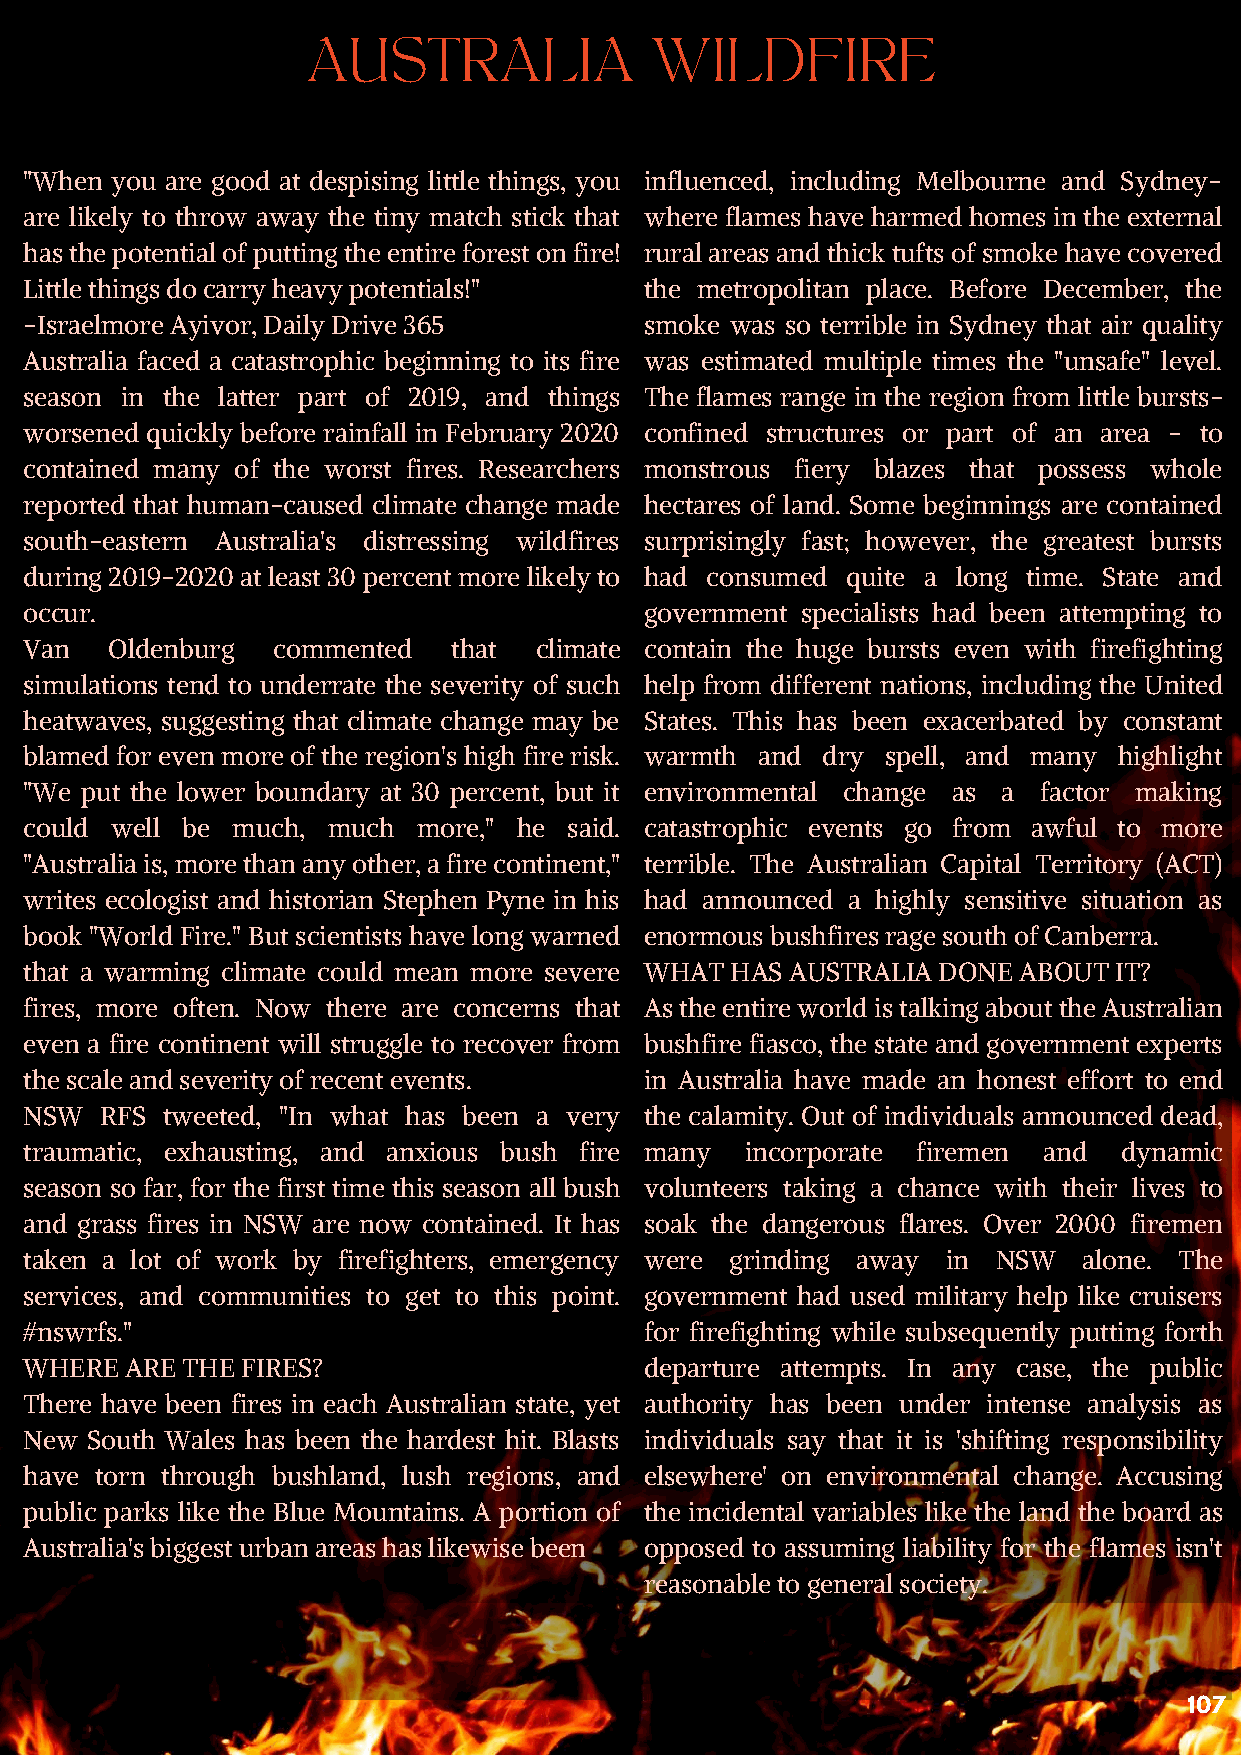
AUSTRALIA              WILDFIRE
 "When you are good at despising little things, you influenced, including Melbourne and Sydney-
 are likely to throw away the tiny match stick that where flames have harmed homes in the external
 has the potential of putting the entire forest on fire! rural areas and thick tufts of smoke have covered
 Little things do carry heavy potentials!" the metropolitan place. Before December, the
 -Israelmore Ayivor, Daily Drive 365      smoke was so terrible in Sydney that air quality
 Australia faced a catastrophic beginning to its fire was estimated multiple times the "unsafe" level.
 season in the latter part of 2019, and things The flames range in the region from little bursts-
 worsened quickly before rainfall in February 2020 confined structures or part of an area - to
 contained many of the worst fires. Researchers monstrous fiery blazes that possess whole
 reported that human-caused climate change made hectares of land. Some beginnings are contained
 south-eastern Australia's distressing wildfires surprisingly fast; however, the greatest bursts
 during 2019-2020 at least 30 percent more likely to had consumed quite a long time. State and
 occur.                                   government specialists had been attempting to
 Van  Oldenburg  commented   that climate contain the huge bursts even with firefighting
 simulations tend to underrate the severity of such help from different nations, including the United
 heatwaves, suggesting that climate change may be States. This has been exacerbated by constant
 blamed for even more of the region's high fire risk. warmth and dry spell, and many highlight
 "We put the lower boundary at 30 percent, but it environmental change as a factor making
 could well be much, much  more," he said. catastrophic events go from awful to more
 "Australia is, more than any other, a fire continent," terrible. The Australian Capital Territory (ACT)
 writes ecologist and historian Stephen Pyne in his had announced a highly sensitive situation as
 book "World Fire." But scientists have long warned enormous bushfires rage south of Canberra.
 that a warming climate could mean more severe WHAT HAS AUSTRALIA DONE ABOUT IT?
 fires, more often. Now there are concerns that As the entire world is talking about the Australian
 even a fire continent will struggle to recover from bushfire fiasco, the state and government experts
 the scale and severity of recent events. in Australia have made an honest effort to end
 NSW  RFS tweeted, "In what has been a very the calamity. Out of individuals announced dead,
 traumatic, exhausting, and anxious bush fire many incorporate firemen and dynamic
 season so far, for the first time this season all bush volunteers taking a chance with their lives to
 and grass fires in NSW are now contained. It has soak the dangerous flares. Over 2000 firemen
 taken a lot of work by firefighters, emergency were grinding away in NSW alone. The
 services, and communities to get to this point. government had used military help like cruisers
 #nswrfs."                                for firefighting while subsequently putting forth
 WHERE ARE THE FIRES?                     departure attempts. In any case, the public
 There have been fires in each Australian state, yet authority has been under intense analysis as
 New South Wales has been the hardest hit. Blasts individuals say that it is 'shifting responsibility
 have torn through bushland, lush regions, and elsewhere' on environmental change. Accusing
 public parks like the Blue Mountains. A portion of the incidental variables like the land the board as
 Australia's biggest urban areas has likewise been opposed to assuming liability for the flames isn't
 reasonable to general society.
 107